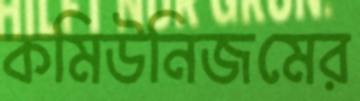
কমিউনিজমের